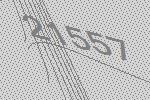
21557